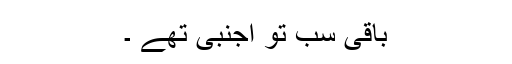
باقی سب تو اجنبی تھے ۔